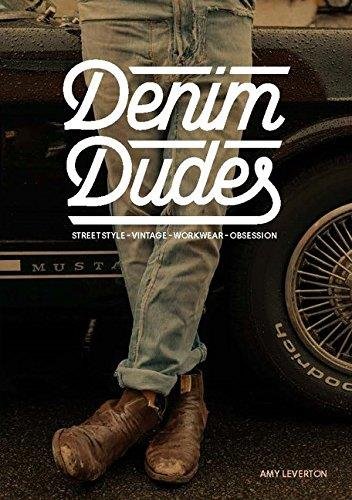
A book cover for Denim Dudes: Street Style, Vintage, Workwear, Obsession; Amy Leverton; Health, Fitness & Dieting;